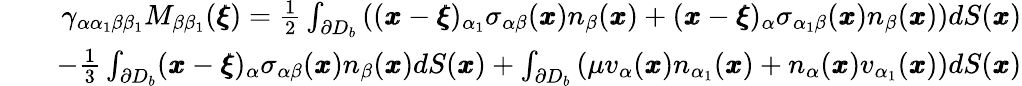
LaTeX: \begin{array}{rlr}&{}&{\gamma_{\alpha\alpha_{1}\beta\beta_{1}}M_{\beta\beta_{1}}({\pmb\xi})=\frac{1}{2}\int_{\partial D_{b}}\left(({\pmb x}-{\pmb\xi})_{\alpha_{1}}\sigma_{\alpha\beta}({\pmb x})n_{\beta}({\pmb x})+({\pmb x}-{\pmb\xi})_{\alpha}\sigma_{\alpha_{1}\beta}({\pmb x})n_{\beta}({\pmb x})\right)dS({\pmb x})}\\ &{}&{-\frac{1}{3}\int_{\partial D_{b}}({\pmb x}-{\pmb\xi})_{\alpha}\sigma_{\alpha\beta}({\pmb x})n_{\beta}({\pmb x})dS({\pmb x})+\int_{\partial D_{b}}\left(\mu v_{\alpha}({\pmb x})n_{\alpha_{1}}({\pmb x})+n_{\alpha}({\pmb x})v_{\alpha_{1}}({\pmb x})\right)dS({\pmb x})}\end{array}